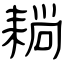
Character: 耥